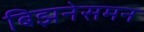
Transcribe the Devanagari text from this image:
बिझनेसमन